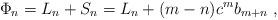
LaTeX: \begin{align*}\Phi_{n} = L_{n} + S_{n} = L_{n} + (m-n)c^{m} b_{m+n}~, \end{align*}